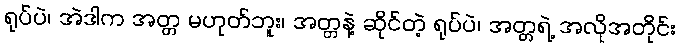
ရုပ်ပဲ၊ အဲဒါက အတ္တ မဟုတ်ဘူး၊ အတ္တနဲ့ ဆိုင်တဲ့ ရုပ်ပဲ၊ အတ္တရဲ့ အလိုအတိုင်း